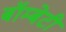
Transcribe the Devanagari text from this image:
बॉम्बेटी